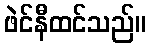
ဖဲင်နီထင်သည်။